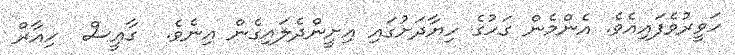
ހަވީރުވެފައިއެވެ. އެންމެން ގަހުގެ ހިޔާދަށުގައި އިށީންދެލައިގެން އިނެވެ.  ގާއީސް  ހިއާރް